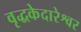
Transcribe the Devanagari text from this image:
वृद्धकेदारेश्वर